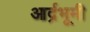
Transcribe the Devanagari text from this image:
आर्द्रभूमी